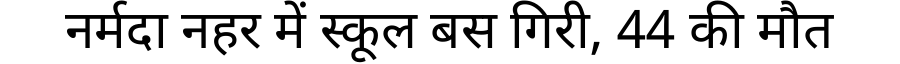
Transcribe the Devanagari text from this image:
नर्मदा नहर में स्कूल बस गिरी, 44 की मौत